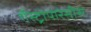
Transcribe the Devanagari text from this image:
गॅस्ट्रोपारेसीस